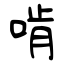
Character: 啃